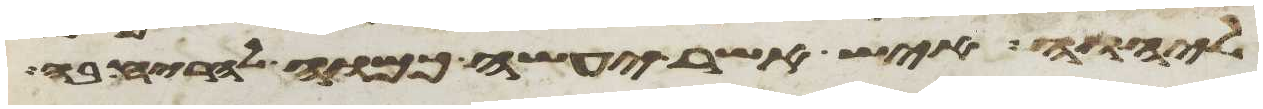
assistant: ליהוה איש אשר יעשה כמוה להריח בה